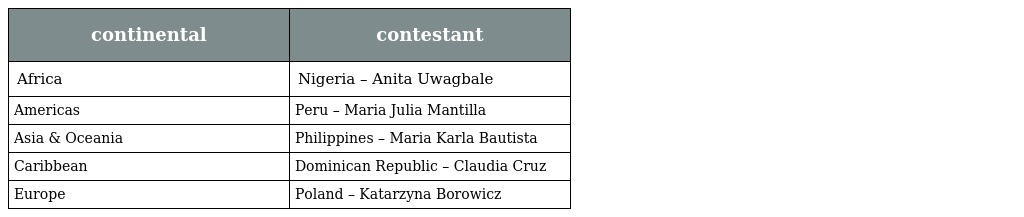
| continental | contestant |
 | --- | --- |
 | Africa | Nigeria – Anita Uwagbale |
 | Americas | Peru – Maria Julia Mantilla |
 | Asia & Oceania | Philippines – Maria Karla Bautista |
 | Caribbean | Dominican Republic – Claudia Cruz |
 | Europe | Poland – Katarzyna Borowicz |